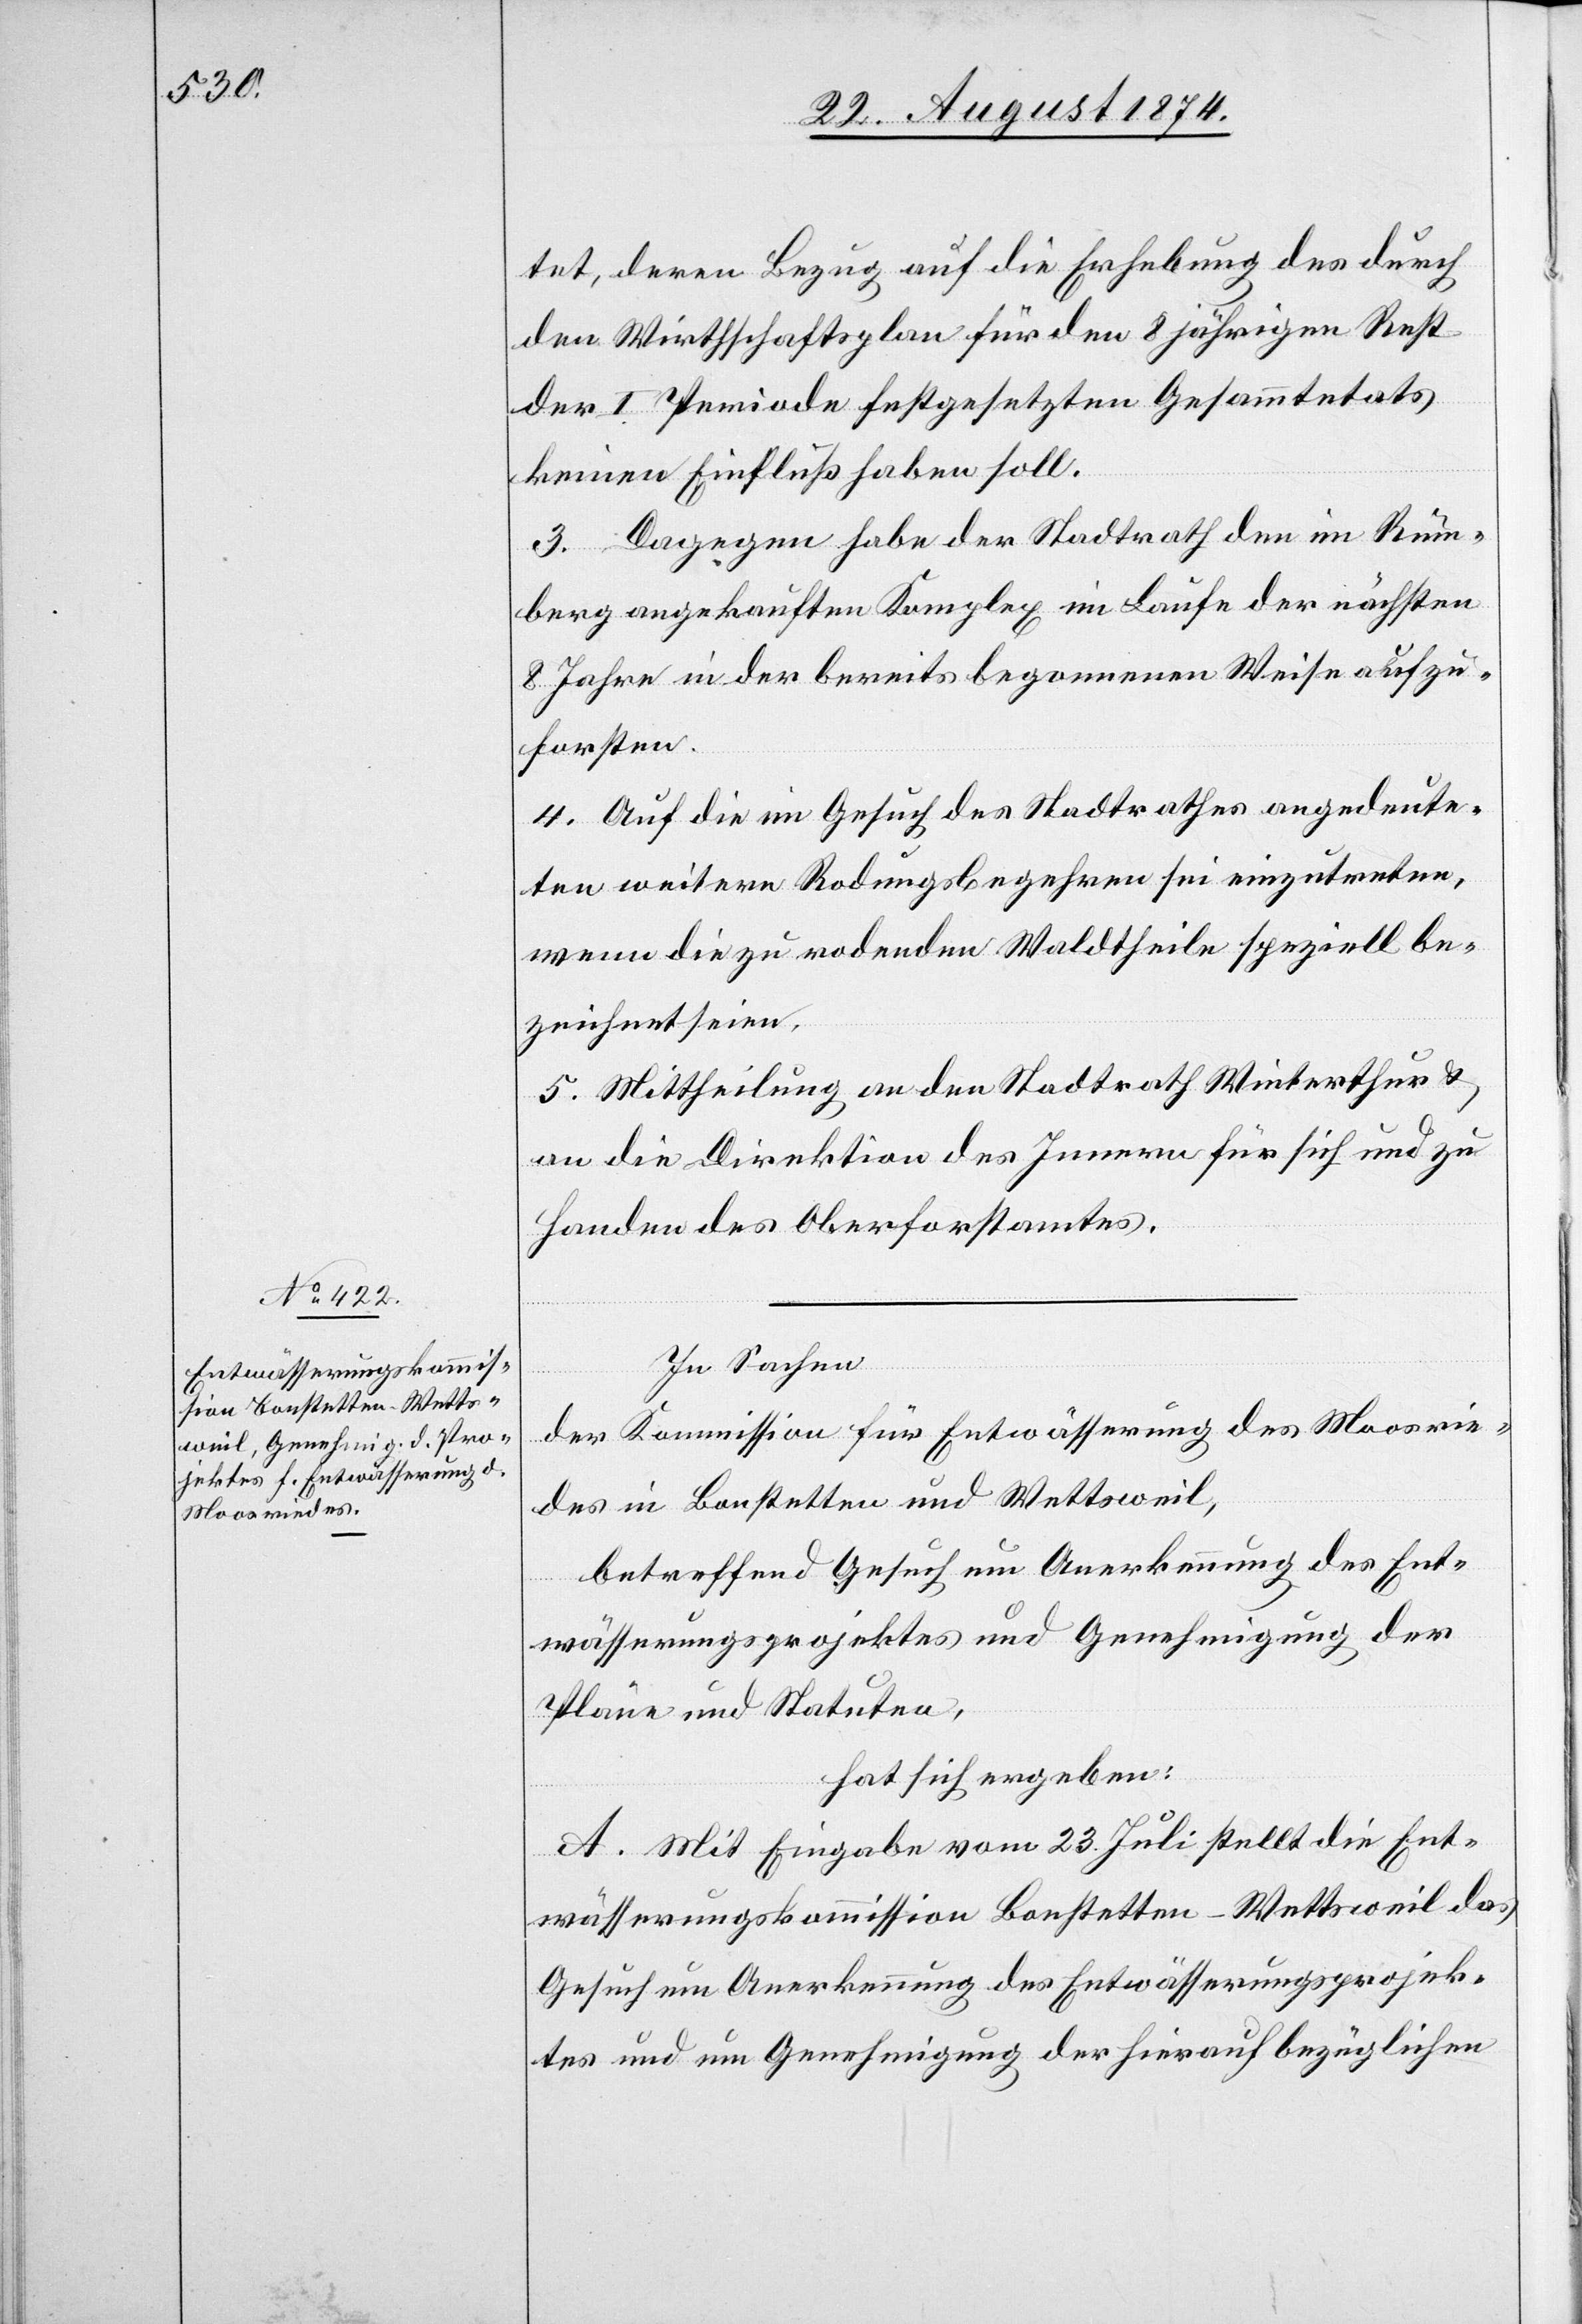
tet, deren Bezug auf die Erhebung des durch
den Wirthschaftsplan für den 8 jährigen Rest
der I. Periode festgesetzten Gesammtetats
keinen Einfluß haben soll.
3. Dagegen habe der Stadtrath den im Rüm¬
berg angekauften Komplex im Laufe der nächsten
8 Jahre in der bereits begonnenen Weise aufzu¬
forsten.
4. Auf die im Gesuch des Stadtrathes angedeute¬
ten weitern Rodungsbegehren sei einzutreten,
wenn die zu rodenden Waldtheile speziell be¬
zeichnet seien.
5. Mittheilung an den Stadtrath Winterthur u.
an die Direktion des Innern für sich und zu
Handen des Oberforstamtes.
In Sachen
der Kommission für Entwässerung des Moosrie¬
des in Bonstetten und Wettsweil,
betreffend Gesuch um Anerkennung des Ent¬
wässerungsprojektes und Genehmigung der
Pläne und Statuten,
hat sich ergeben:
A. Mit Eingabe vom 23. Juli stellt die Ent¬
wässerungskommission Bonstetten-Wettsweil das
Gesuch um Anerkennung des Entwässerungsprojek¬
tes und um Genehmigung der hierauf bezüglichen